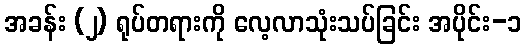
အခန်း (၂) ရုပ်တရားကို လေ့လာသုံးသပ်ခြင်း အပိုင်း-၁